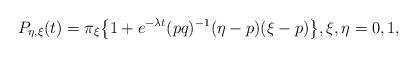
LaTeX: \begin{align*}P_{\eta,\xi}(t) = \pi_{\xi}\big \{1 + e^{-\lambda t}(pq)^{-1}(\eta-p)(\xi-p)\big \},\xi,\eta = 0,1,\end{align*}